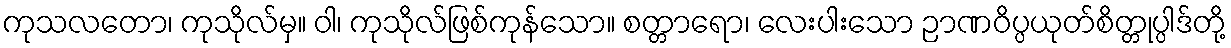
ကုသလတော၊ ကုသိုလ်မှ။ ဝါ၊ ကုသိုလ်ဖြစ်ကုန်သော။ စတ္တာရော၊ လေးပါးသော ဉာဏဝိပ္ပယုတ်စိတ္တုပ္ပါဒ်တို့